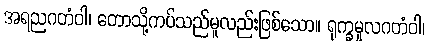
အရညဂတံဝါ၊ တောသို့ကပ်သည်မူလည်းဖြစ်သော။ ရုက္ခမူလဂတံဝါ၊